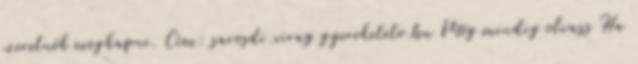
szeretnék megkapni. Cím: sarosdi.virag gyereketeto.hu Még mindig olvass Ha